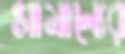
সামান্যের